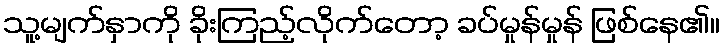
သူ့မျက်နှာကို ခိုးကြည့်လိုက်တော့ ခပ်မှုန်မှုန် ဖြစ်နေ၏။